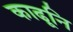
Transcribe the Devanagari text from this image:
काढूनि